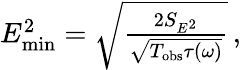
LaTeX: \begin{array}{r}{E_{\mathrm{min}}^{2}=\sqrt{\frac{2S_{E^{2}}}{\sqrt{T_{\mathrm{obs}}\tau(\omega)}}}\, ,}\end{array}